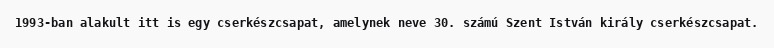
1993-ban alakult itt is egy cserkészcsapat, amelynek neve 30. számú Szent István király cserkészcsapat.